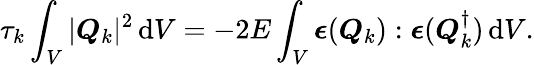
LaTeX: \tau_{k}\int_{V}|\boldsymbol{Q}_{k}|^{2}\, \mathrm{d}V=-2E\int_{V}\boldsymbol{\epsilon}(\boldsymbol{Q}_{k}):\boldsymbol{\epsilon}(\boldsymbol{Q}_{k}^{\dagger})\, \mathrm{d}V.